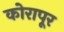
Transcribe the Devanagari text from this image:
कोरापूर